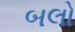
બલો